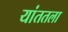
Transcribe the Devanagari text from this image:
यांततला